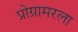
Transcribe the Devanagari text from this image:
प्रोग्रामरला